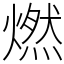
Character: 燃